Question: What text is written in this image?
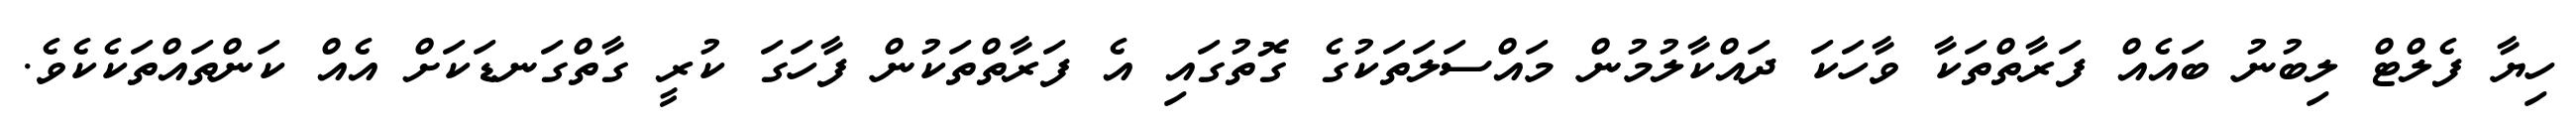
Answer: ހިޔާ ފެލްޓް ލިބުނު ބައެއް ފަރާތްތަކާ ވާހަކަ ދައްކާލުމުން މައްސަލަތަކުގެ ގޮތުގައި އެ ފަރާތްތަކުން ފާހަގަ ކުރީ ގާތްގަނޑަކަށް އެއް ކަންތައްތަކެކެވެ.